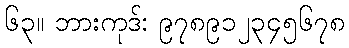
၆၃။ ဘားကုဒ်: ၉၇၈၉၁၂၃၄၅၆၇၈